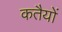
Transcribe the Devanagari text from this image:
कतैयों